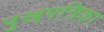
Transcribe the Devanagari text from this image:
पुखपत्रिका